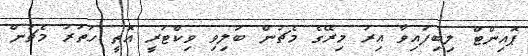
ޕޮއިންޓް ލިބިފައިވާ އިރު މިރޭގެ މެޗުން ބަލިވި ވިކްޓަރީ އޮތީ ހަތަރު މެޗުން